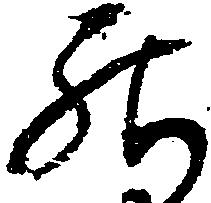
罷